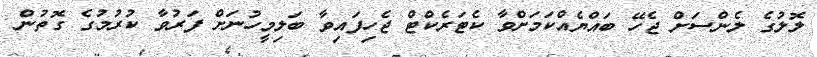
ލޮލުގެ ލެންސަށް ޖެހޭ ބައްޔެއްކަމަށްވާ ކެޓަރެކްޓް ޖެހިފައިވާ ބަލިމީހުނަށް ފަރުވާ ކުރުމުގެ ގޮތުން